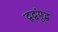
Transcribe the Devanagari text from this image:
द्वद्वंयुद्ध